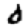
Digit: 0